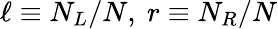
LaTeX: \ell\equiv N_{L}/N,~r\equiv N_{R}/N